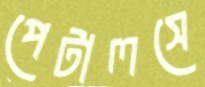
পেটালসে